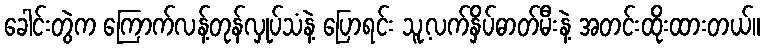
ခေါင်းတွဲက ကြောက်လန့်တုန်လှုပ်သံနဲ့ ပြောရင်း သူ့လက်နှိပ်ဓာတ်မီးနဲ့ အတင်းထိုးထားတယ်။